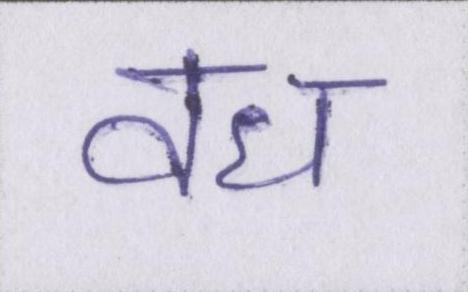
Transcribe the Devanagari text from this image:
वध